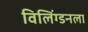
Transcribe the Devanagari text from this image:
विलिंग्डनला